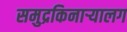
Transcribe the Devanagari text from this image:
समुद्रकिनाऱ्यालग